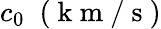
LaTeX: c_{0}\; ~(\mathrm{~k~m~}/\mathrm{~s~})